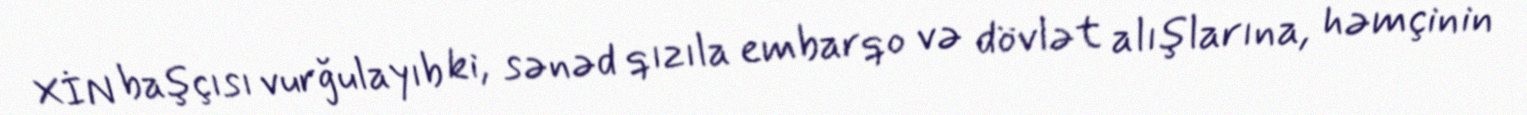
XİN başçısı vurğulayıb ki, sənəd qızıla embarqo və dövlət alışlarına, həmçinin